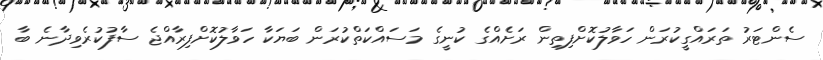
ސެންޓަރު ތަރައްގީކުރަން ހަވާލުކޮށްފިތިން ރަށެއްގެ ކުނީގެ މަސައްކަތްކުރަން ބަޔަކާ ހަވާލުކޮށްފިރާއްޖެ ސާފުކުރެވިދާނެ ބާ